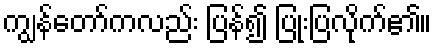
ကျွန်တော်ကလည်း ပြန်၍ ပြုံးပြလိုက်၏။